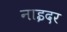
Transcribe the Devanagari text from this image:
नाइदर